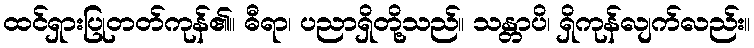
ထင်ရှားပြုတတ်ကုန်၏။ ဓီရာ၊ ပညာရှိတို့သည်။ သန္တာပိ၊ ရှိကုန်လျက်လည်း။